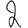
Digit: 2